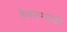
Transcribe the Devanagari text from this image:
केवलग्यानी